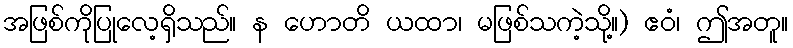
အဖြစ်ကိုပြုလေ့ရှိသည်။ န ဟောတိ ယထာ၊ မဖြစ်သကဲ့သို့။) ဧဝံ၊ ဤအတူ။